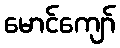
မောင်ကျော်